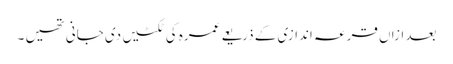
بعد ازاں قرعہ اندازی کے ذریعے عمرہ کی ٹکٹیں دی جانی تھیں ۔